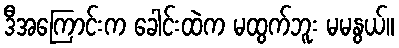
ဒီအကြောင်းက ခေါင်းထဲက မထွက်ဘူး မမနွယ်။